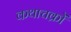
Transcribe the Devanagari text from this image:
कथाचक्रों